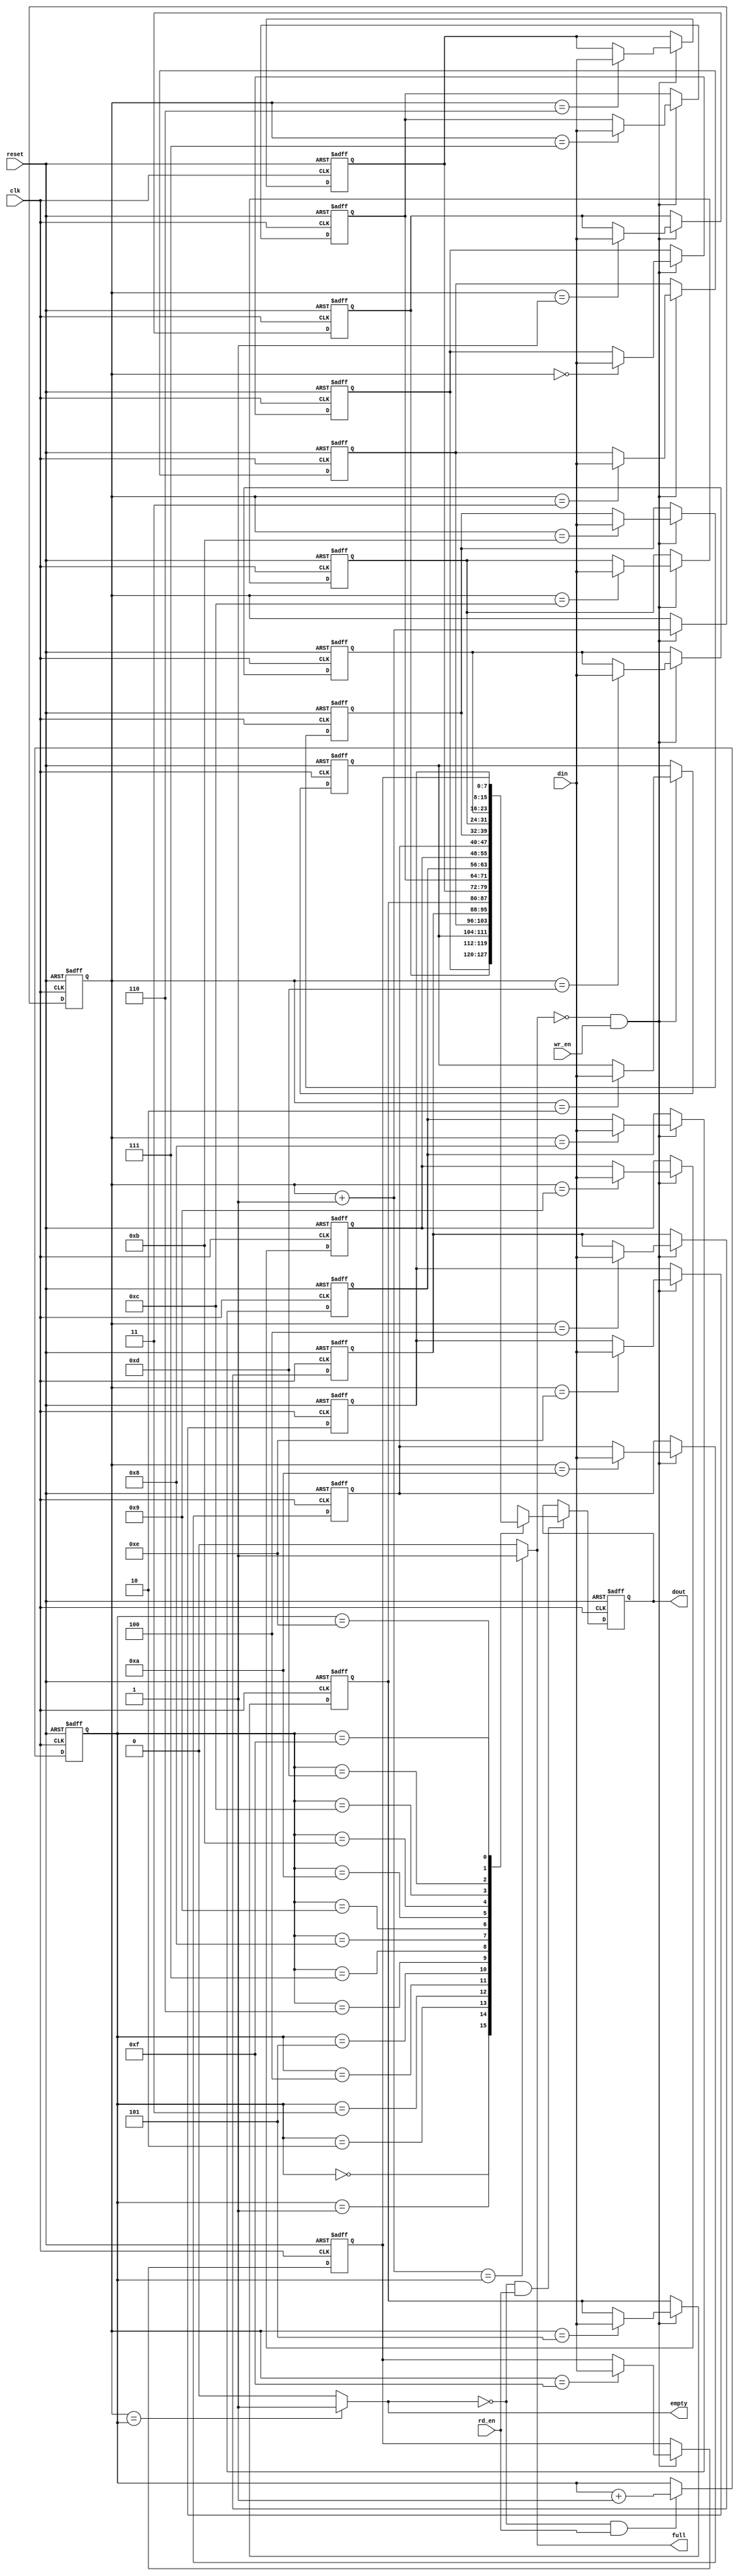
module fifo_8x16 (/*AUTOARG*/
   // Outputs
   full, empty, dout,
   // Inputs
   clk, reset, wr_en, rd_en, din
   ) ;
   input         clk;
   input         reset;
   input         wr_en;
   input         rd_en;
   input  [7:0] din;

   output        full;
   output        empty;
   output [7:0] dout;


   reg [3 :0]     wr_point, rd_point;
   reg [7:0]     mem[0:15];
   reg [7:0]    dout;

   wire          full, empty;
   wire [3:0]   wr_next;
   wire [3:0]   rd_next;

   assign wr_next = wr_point + 1;
   assign rd_next = rd_point + 1;

   assign empty = (wr_point == rd_point) ? 1 : 0;
   assign full  = (wr_next  == rd_point) ? 1 : 0;

   always @ (posedge clk or posedge reset) begin
      if(reset) begin
         wr_point <= {4{1'b0}};
      end else begin
         if(!full && wr_en) begin
            wr_point <= wr_next;
         end
      end
   end

   always @ (posedge clk or posedge reset) begin
      if(reset) begin
         rd_point <= {4{1'b0}};
      end else begin
         if(!empty && rd_en) begin
            rd_point <= rd_next;
         end
      end
   end

   integer i;

   always @ (posedge clk or posedge reset) begin
      if(reset) begin
         for(i = 0; i < 16; i = i + 1) begin
            mem[i] <= 8'd0;
         end
      end else begin
         if(!full && wr_en) begin
            mem[wr_point] <= din;
         end
      end
   end

   always @ (posedge clk or posedge reset) begin
      if(reset) begin
         dout <= 8'd0;
      end else begin
         if(!empty & rd_en) begin
            dout <= mem[rd_point];
         end
      end
   end

endmodule // fifo_8x16